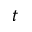
t